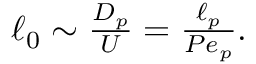
\begin{array} { r } { \ell _ { 0 } \sim \frac { D _ { p } } U = \frac { \ell _ { p } } { P e _ { p } } . } \end{array}